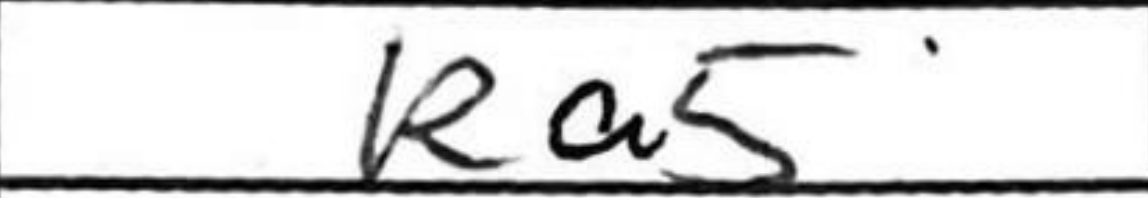
Transcription: Ra5